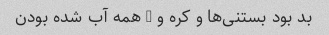
بد بود بستنی‌ها و کره و … همه آب شده بودن